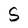
Character: S